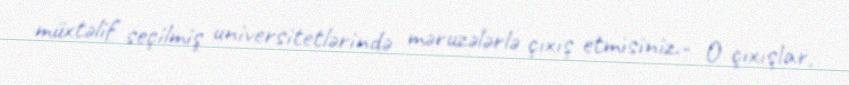
müxtəlif seçilmiş universitetlərində məruzələrlə çıxış etmisiniz.- O çıxışlar,